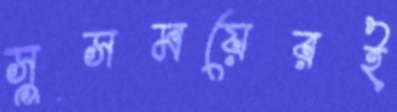
সুসময়েরই